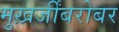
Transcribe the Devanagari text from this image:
मुख़र्जींबरोबर